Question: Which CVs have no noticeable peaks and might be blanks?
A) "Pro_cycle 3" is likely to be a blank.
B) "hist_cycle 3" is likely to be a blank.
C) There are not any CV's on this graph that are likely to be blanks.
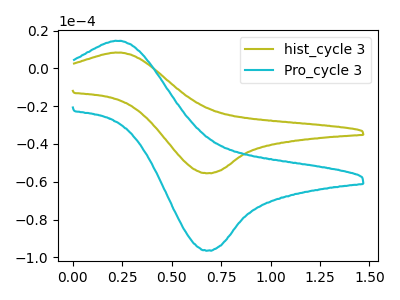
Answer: <think>The olive curve "hist_cycle 3" has an anodic peak at (0.25V, 8.35uA) and a cathodic peak at (0.70V, -55.45uA). The cyan curve "Pro_cycle 3" has an anodic peak at (0.25V, 14.55uA) and a cathodic peak at (0.70V, -96.40uA).</think>
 <answer>C) There are not any CV's on this graph that are likely to be blanks.</answer>
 <eval>C</eval>